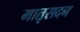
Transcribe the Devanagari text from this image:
मातृसदन